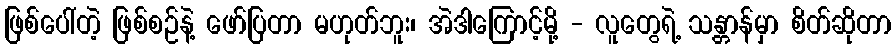
ဖြစ်ပေါ်တဲ့ ဖြစ်စဉ်နဲ့ ဖော်ပြတာ မဟုတ်ဘူး၊ အဲဒါကြောင့်မို့ - လူတွေရဲ့ သန္တာန်မှာ စိတ်ဆိုတာ